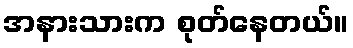
အနားသားက စုတ်နေတယ်။